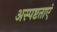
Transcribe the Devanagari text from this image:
अस्पष्टताएं